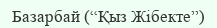
Базарбай (“Қыз Жібекте”)